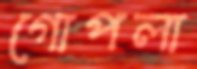
গোপলা